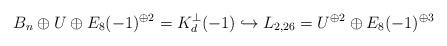
LaTeX: \begin{align*}B_n \oplus U \oplus E_8(-1)^{\oplus 2} = K_d^\perp(-1) \hookrightarrow L_{2,26} = U^{\oplus 2} \oplus E_8(-1)^{\oplus 3}\end{align*}